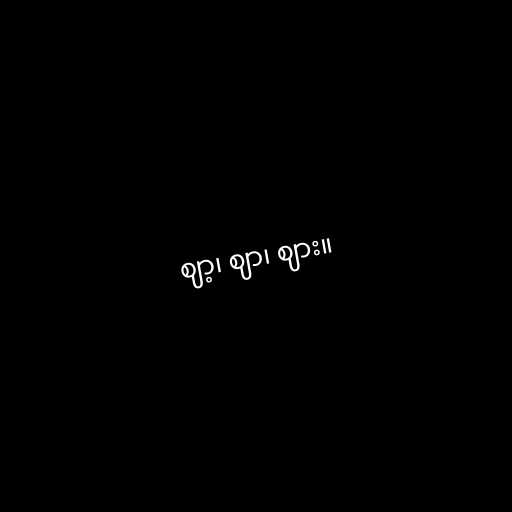
ဈာ့၊ ဈာ၊ ဈား။